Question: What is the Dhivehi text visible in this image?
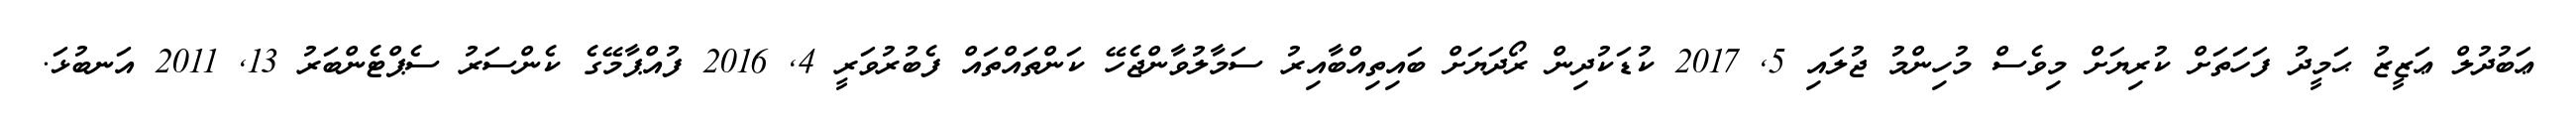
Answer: ޢަބުދުލް ޢަޒީޒު ޙަމީދު ފަހަތަށް ކުރިޔަށް މިވެސް މުހިންމު ޖުލައި 5, 2017 ކުޑަކުދިން ރޯދަޔަށް ބައިތިއްބާއިރު ސަމާލުވާންޖެހޭ ކަންތައްތައް ފެބުރުވަރީ 4, 2016 ފުއްޕާމޭގެ ކެންސަރު ސެޕްޓެންބަރު 13, 2011 އަނބުޅަ.